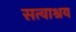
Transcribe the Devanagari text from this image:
सत्वाश्रय